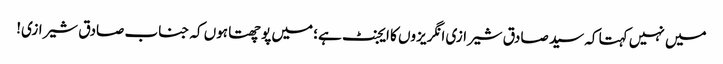
میں نہیں کہتا کہ سید صادق شیرازی انگریزوں کا ایجنٹ ہے؛ میں پوچھتا ہوں کہ جناب صادق شیرازی!